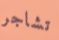
تشاجر